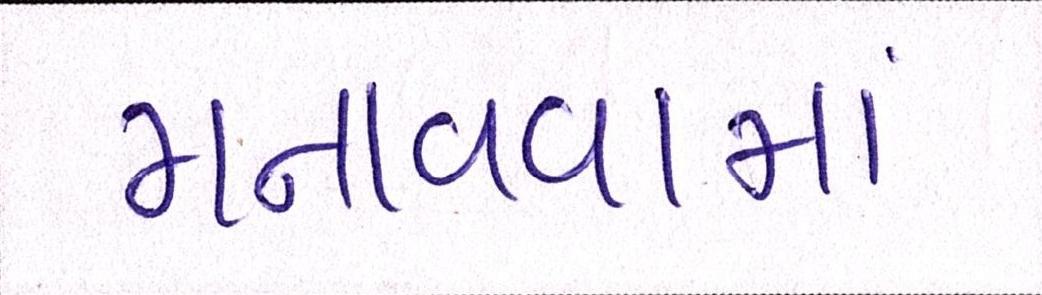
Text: મનાવવામાં